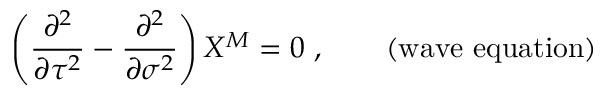
\left( \frac { \partial ^ { 2 } } { \partial \tau ^ { 2 } } - \frac { \partial ^ { 2 } } { \partial \sigma ^ { 2 } } \right) X ^ { M } = 0 ~ , \qquad ( \mathrm { w a v e ~ e q u a t i o n } )